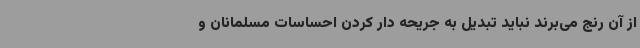
از آن رنج می‌برند نباید تبدیل به جریحه دار کردن احساسات مسلمانان و